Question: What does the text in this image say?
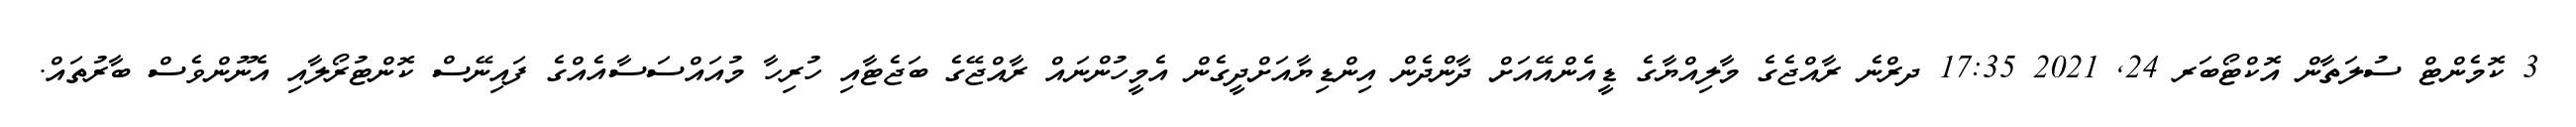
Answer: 3 ކޮމެންޓް ސުލަތާން އޮކްޓޯބަރ 24, 2021 17:35 ދރްނެ ރާއްޖެގެ މާލިއްޔާގެ ޑީއެންއޭއަށް ދާންދެން އިންޑިޔާއަށްދީގެން އެމީހުންނައް ރާއްޖޭގެ ބަޖެޓާއި ހުރިހާ މުއައްސަސާއެއްގެ ފައިނޭސް ކޮންޓުރޯލާއި އެނޫންވެސް ބާރުތައް.